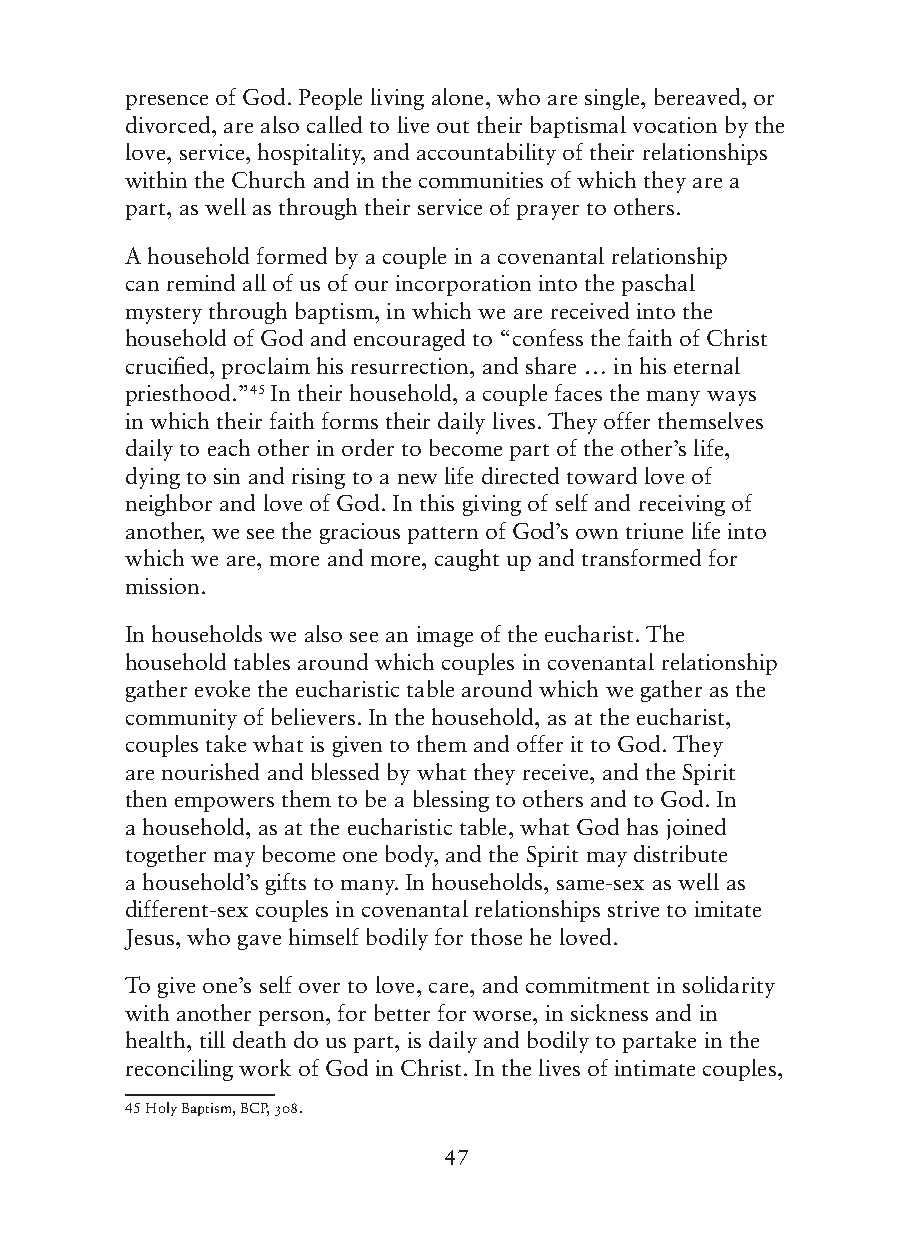
presence of God. People living alone, who are single, bereaved, or
 divorced, are also called to live out their baptismal vocation by the
 love, service, hospitality, and accountability of their relationships
 within the Church and in the communities of which they are a
 part, as well as through their service of prayer to others.
 A household formed by a couple in a covenantal relationship
 can remind all of us of our incorporation into the paschal
 mystery through baptism, in which we are received into the
 household of God and encouraged to “confess the faith of Christ
 crucified, proclaim his resurrection, and share … in his eternal
 priesthood.”45 In their household, a couple faces the many ways
 in which their faith forms their daily lives. They offer themselves
 daily to each other in order to become part of the other’s life,
 dying to sin and rising to a new life directed toward love of
 neighbor and love of God. In this giving of self and receiving of
 another, we see the gracious pattern of God’s own triune life into
 which we are, more and more, caught up and transformed for
 mission.
 In households we also see an image of the eucharist. The
 household tables around which couples in covenantal relationship
 gather evoke the eucharistic table around which we gather as the
 community of believers. In the household, as at the eucharist,
 couples take what is given to them and offer it to God. They
 are nourished and blessed by what they receive, and the Spirit
 then empowers them to be a blessing to others and to God. In
 a household, as at the eucharistic table, what God has joined
 together may become one body, and the Spirit may distribute
 a household’s gifts to many. In households, same-sex as well as
 different-sex couples in covenantal relationships strive to imitate
 Jesus, who gave himself bodily for those he loved.
 To give one’s self over to love, care, and commitment in solidarity
 with another person, for better for worse, in sickness and in
 health, till death do us part, is daily and bodily to partake in the
 reconciling work of God in Christ. In the lives of intimate couples,
 45 Holy Baptism, BCP, 308.
 47